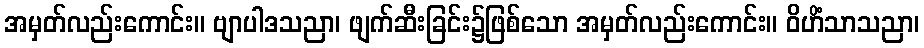
အမှတ်လည်းကောင်း။ ဗျာပါဒသညာ၊ ဖျက်ဆီးခြင်း၌ဖြစ်သော အမှတ်လည်းကောင်း။ ဝိဟိံသာသညာ၊